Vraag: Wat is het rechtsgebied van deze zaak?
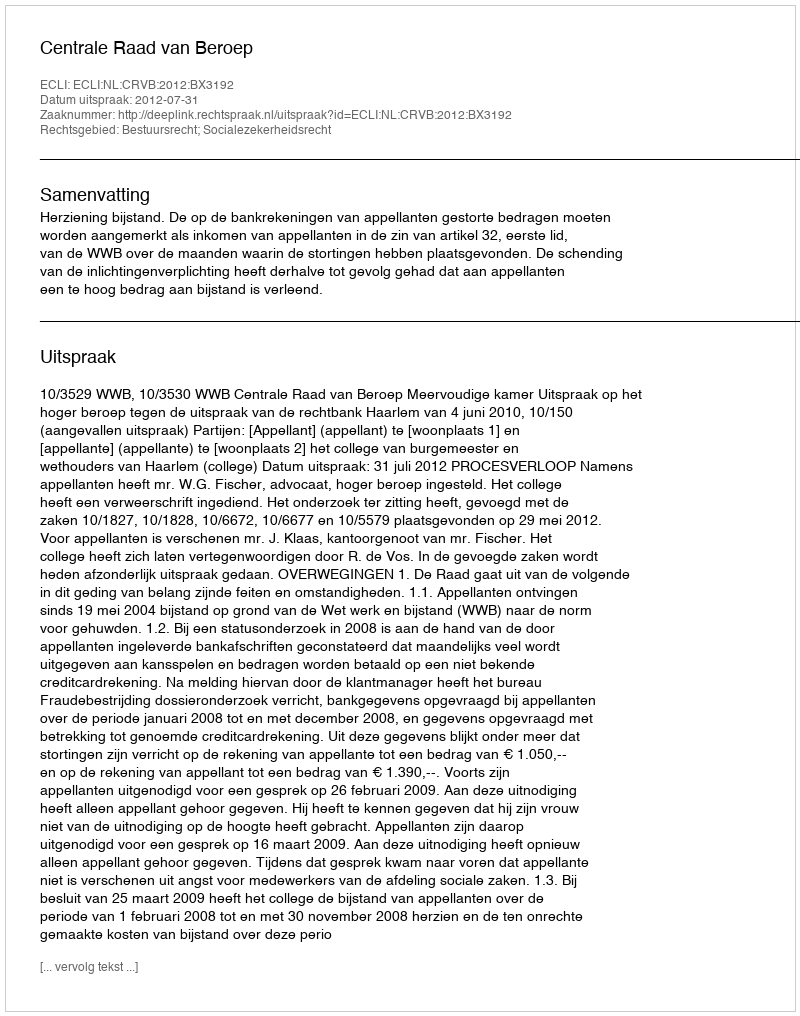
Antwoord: Bestuursrecht; Socialezekerheidsrecht